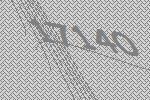
17140